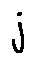
j